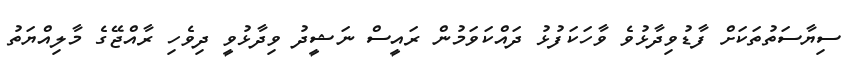
ސިޔާސަތުތަކަށް ފާޑުވިދާޅުވެ ވާހަކަފުޅު ދައްކަވަމުން ރައީސް ނަޝީދު ވިދާޅުވީ ދިވެހި ރާއްޖޭގެ މާލިއްޔަތު